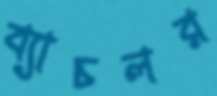
ব্যাচলর